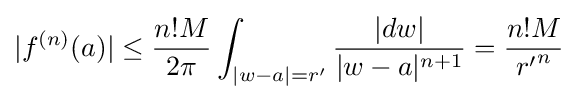
|f^{(n)}(a)|\leq {\frac {n!M}{2\pi }}\int _{|w-a|=r'}{\frac {|dw|}{|w-a|^{n+1}}}={\frac {n!M}{{r'}^{n}}}